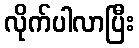
လိုက်ပါလာပြီး